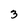
Character: 3